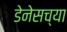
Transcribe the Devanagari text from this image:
डेनेसच्या